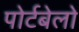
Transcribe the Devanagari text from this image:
पोर्टबेलो